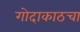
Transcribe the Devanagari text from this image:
गोदाकाठचा